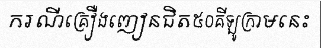
ករណីគ្រឿងញៀនជិត៥០គីឡូក្រាមនេះ